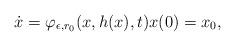
LaTeX: \begin{align*} \dot x = \varphi_{\epsilon, r_0}(x, h(x),t) x(0)=x_0, \end{align*}